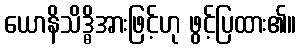
ယောနိသိဒ္ဓိအားဖြင့်ဟု ဖွင့်ပြထား၏။